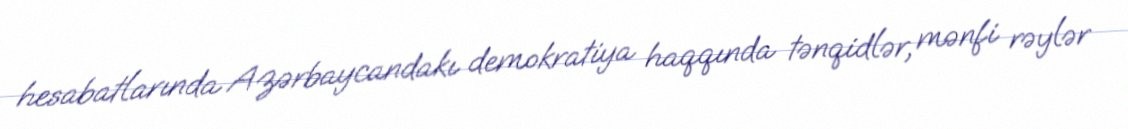
hesabatlarında Azərbaycandakı demokratiya haqqında tənqidlər, mənfi rəylər